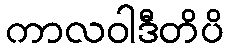
ကာလဝါဒီတိပိ